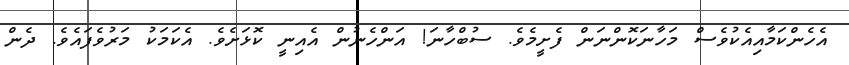
އެހެންކަމާއިއެކުވެސް މަހާނަކޮންނަން ފެށީމެވެ. ސުބްހާނަ! އަންހެނުން އެއިނީ ކޮޅަށެވެ. އެކަމަކު މަރުވެފައެވެ. ދެން